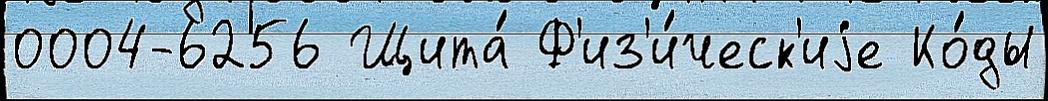
0004-6256 Щита́ Ф'из'и́ческ'иjе Ко́ды